Indian journal of veterinary science and animal husbandry - Volume 3,
Year: 1933
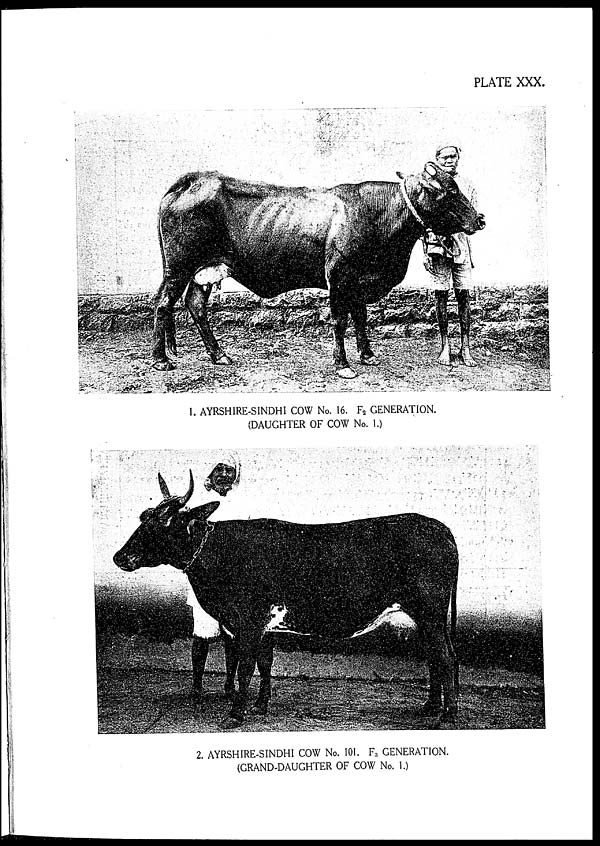
PLATE XXX.
1. AYRSHIRE-SINDHI COW No. 16. F 2 GENERATION.
(DAUGHTER OF COW No. 1.)
2. AYRSHIRE-SINDHI COW No. 101. F 3 GENERATION.
(GRAND-DAUGHTER OF COW No. 1.)